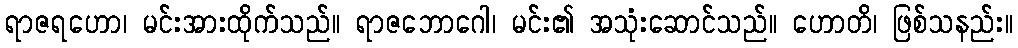
ရာဇရဟော၊ မင်းအားထိုက်သည်။ ရာဇဘောဂေါ၊ မင်း၏ အသုံးဆောင်သည်။ ဟောတိ၊ ဖြစ်သနည်း။